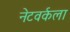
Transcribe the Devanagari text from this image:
नेटवर्कला